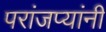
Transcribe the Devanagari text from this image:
परांजप्यांनी